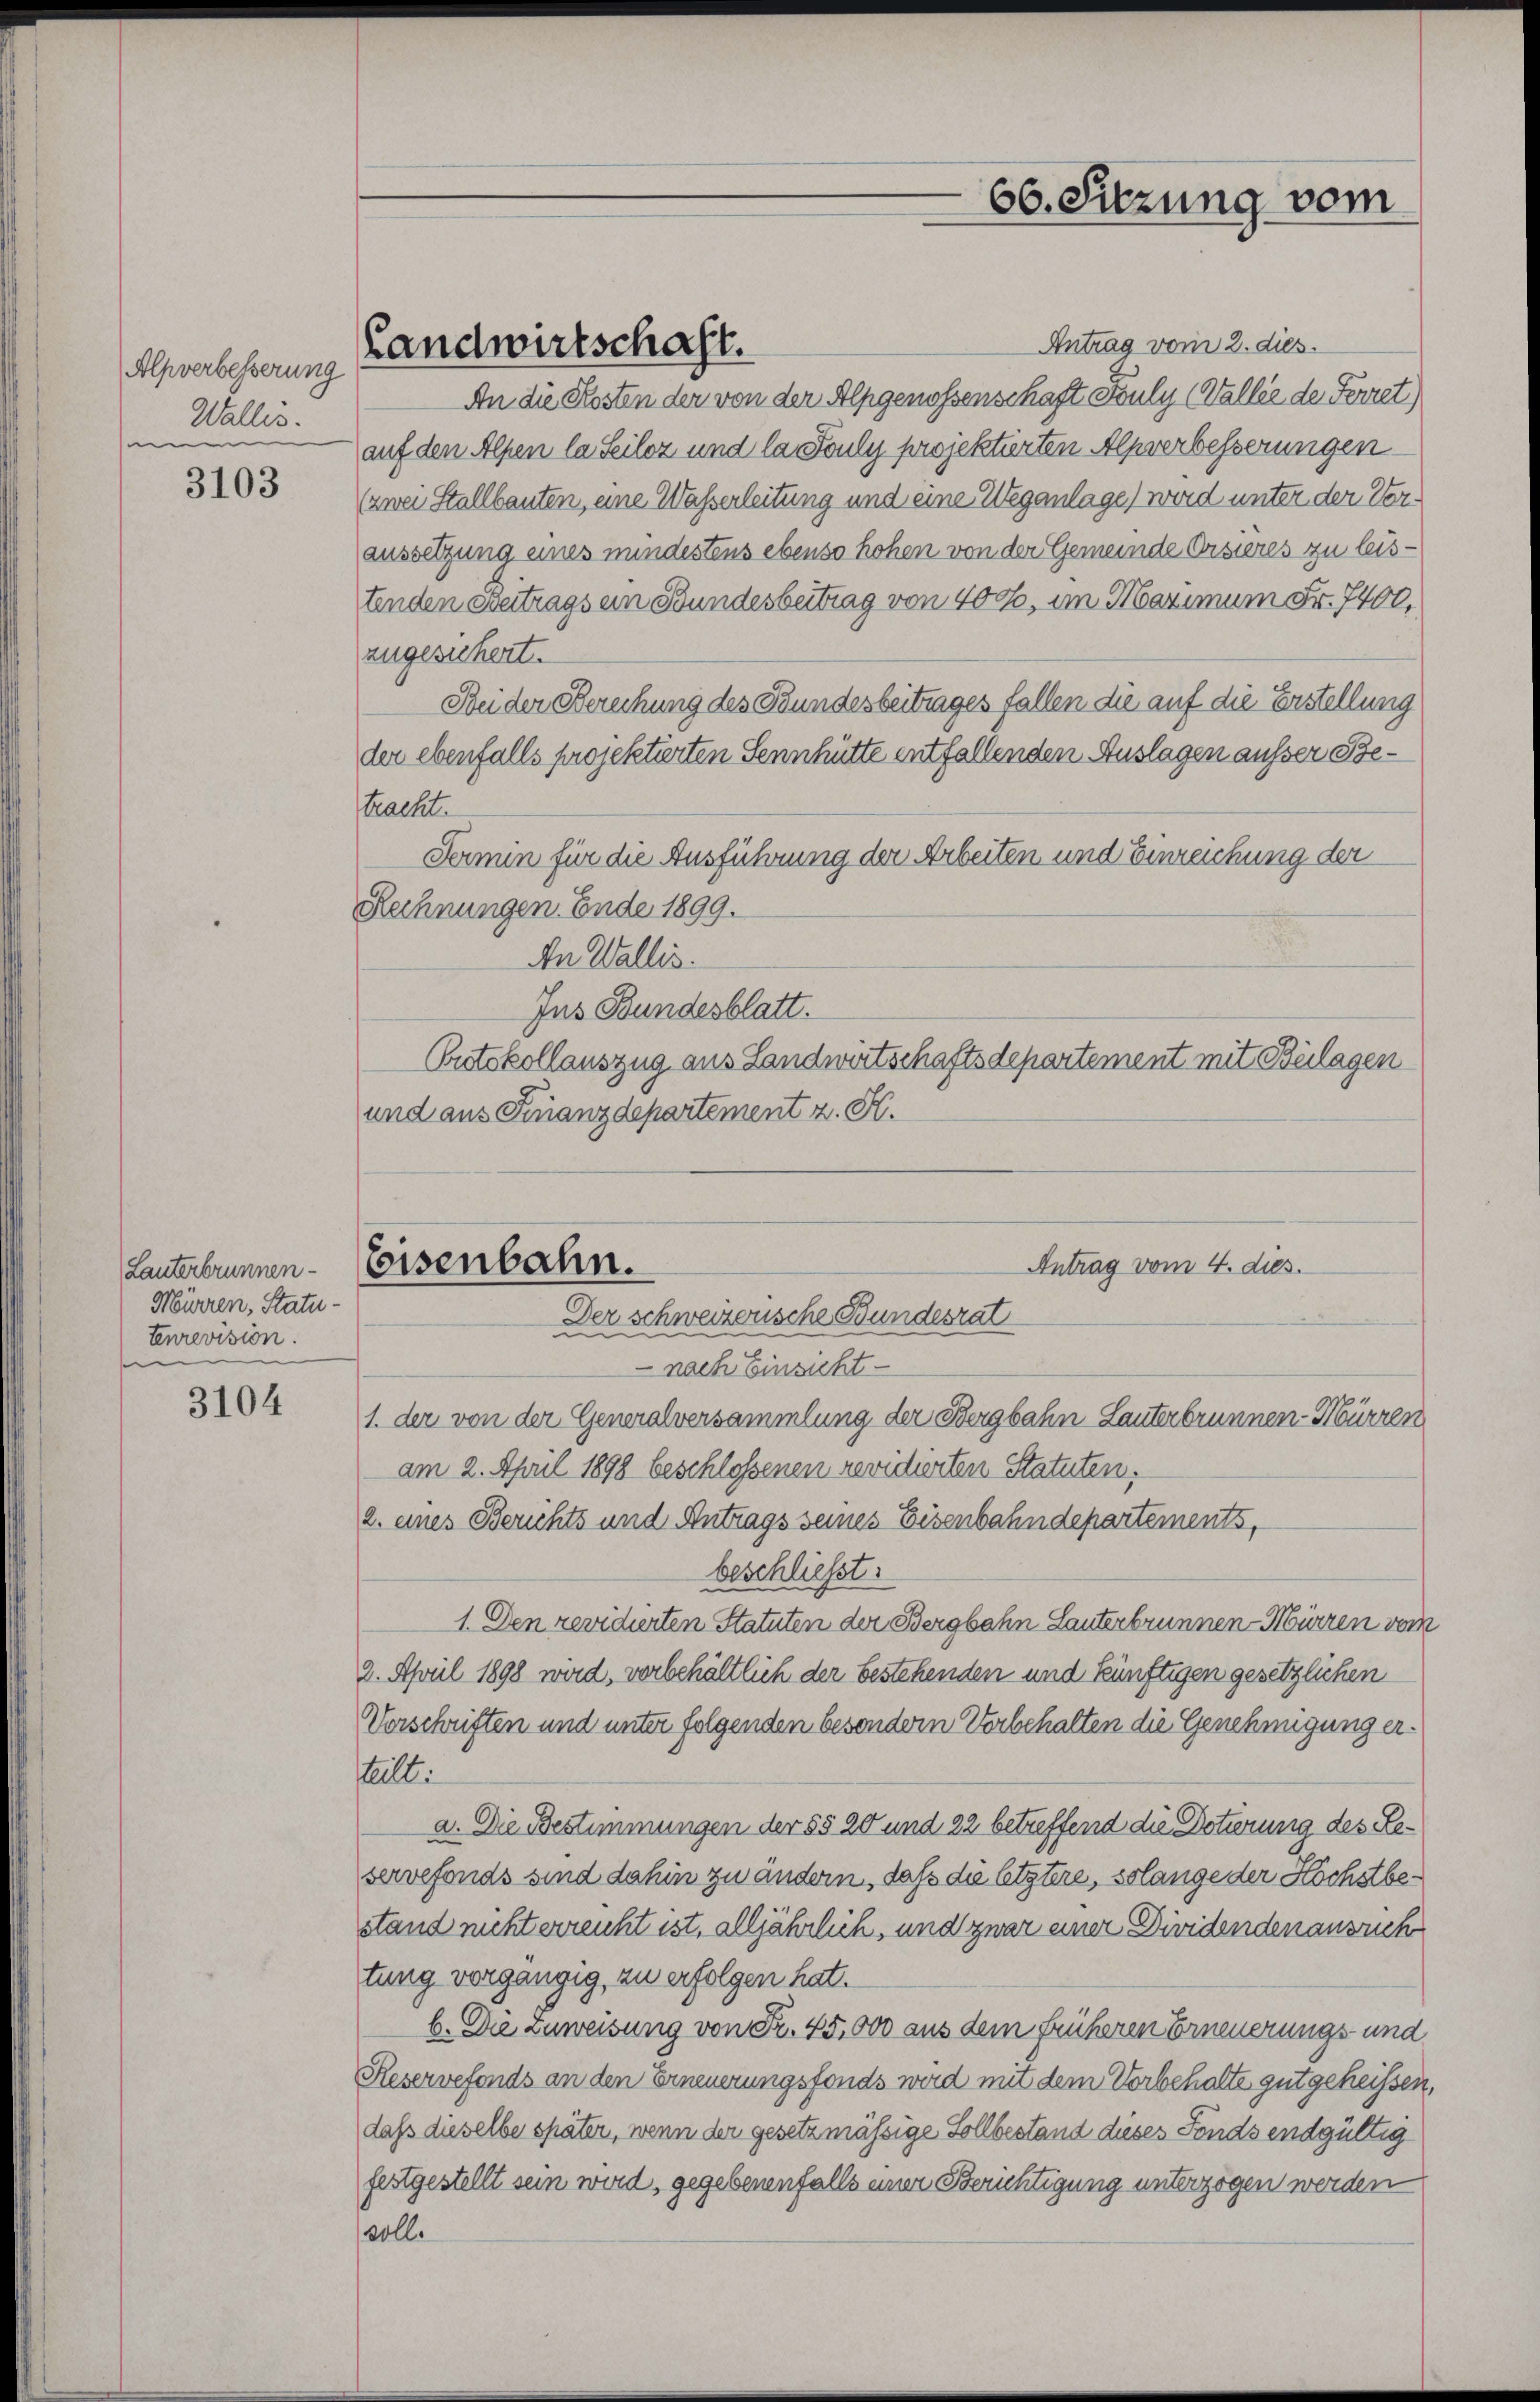
Alpverbesserung
Wallis.
n

3103

Lauterbrunnen.
Mürren, Statu-
tenrevision.

3104

Landwirtschaft.

Antrag vom 2. dies.
An die Kosten der von der Alpgenossenschaft Pauly (Vallée de Ferret,
auf den Alpen la Seiloz und la Fouly projektierten Alpverbesserungen
(zwei Stallbauten, eine Wasserleitung und eine Weganlage) wird unter der Veraussetzung eines mindestens ebenso hohen von der Gemeinde Orsieres zu leistenden Beitrags ein Bundesbeitrag von 400, im Maximum Fr. 7400,
zugesichert.
Bei der Berechung des Bundesbeitrages fallen die auf die Erstellung
der ebenfalls projektierten Sennhütte entfallenden Auslagen ausser Betracht.
Fermin für die Ausführung der Arbeiten und Einreichung der
Rechnungen. Ende 1899.
An Wallis.
Jus Bundesblatt.
Potokollauszug aus Landwirtschaftsdepartement mit Beilagen
und aus Finanzdepartement z. H.

Eisenbahn.

Antrag vom 4. dies.

66. Sitzung vom

Der schweizerische Bundesrat
 nach Einsicht
1. der von der Generalversammlung der Bergbahn Lauterbrunnen-Mürren
am 2. April 1898 beschlossenen revidierten Statuten,
2. eines Berichts und Antrags seines Eisenbahndepartements,
beschließt.
1. Den revidierten Statuten der Bergbahn Lanterbrunnen-Mürren vom
2. April 1898 wird, vorbehältlich der bestehenden und künftigen gesetzlichen
Vorschriften und unter folgenden besondern Vorbehalten die Genehmigung ertelt.
a. Die Bestimmungen der §§ 20 und 22 betreffend die Dotierung des Reservefonds sind dahin zu ändern, daß die letztere, solange der Höchstbestand nicht erreicht ist, alljährlich, und zwar einer Diridenden ansuch
tung vorgängig, zu erfolgen hat.
b. Die Zuweisung von Fr. 45,000 aus dem früheren Erneuerungs- und
Reservefonds an den Erneuerungsfonds wird mit dem Vorbehalte gutgeheissen,
daß dieselbe später, wenn der gesetzmässige Sollbestand dieses Fonds endgültig
festgestellt sein wird, gegebenenfalls einer Berichtigung unterzogen werden
voll.